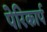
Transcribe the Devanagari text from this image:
पेरिकार्प